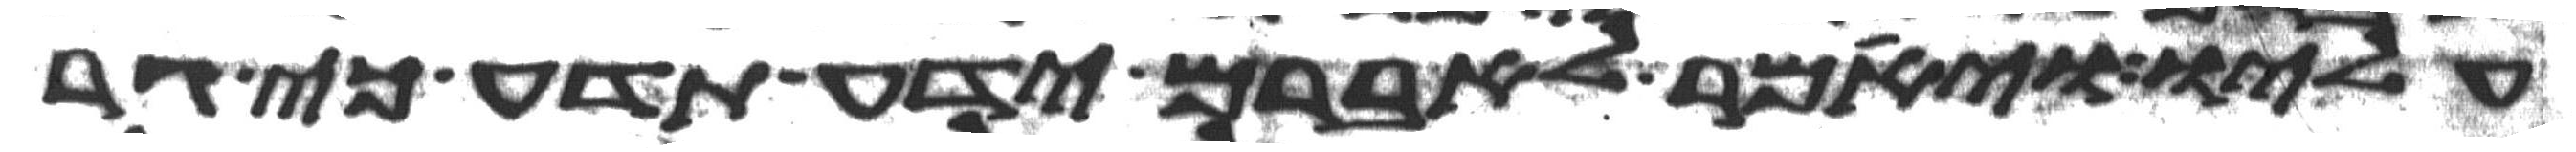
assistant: עליו ויאמר לאברם ידע תדע כי גר